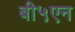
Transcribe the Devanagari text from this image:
बी५एन